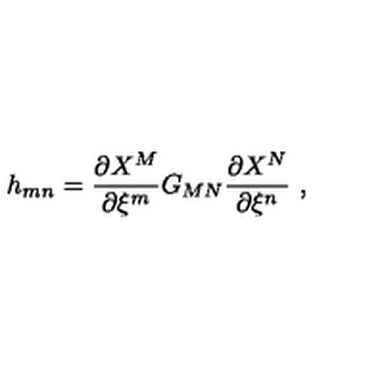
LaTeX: h _ { m n } = \frac { \partial X ^ { M } } { \partial \xi ^ { m } } G _ { M N } \frac { \partial X ^ { N } } { \partial \xi ^ { n } } \ ,